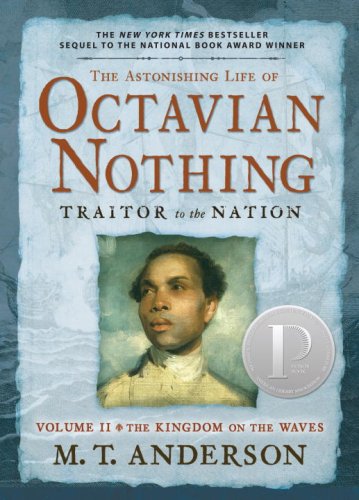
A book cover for The Astonishing Life of Octavian Nothing, Traitor to the Nation, Volume II: The Kingdom on the Waves; M.T. Anderson; Teen & Young Adult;